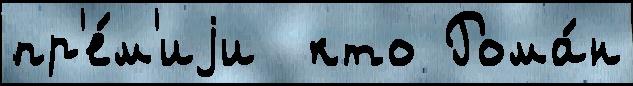
пр'е́м'иjи  кто Рома́н